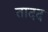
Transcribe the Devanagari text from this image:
तादद